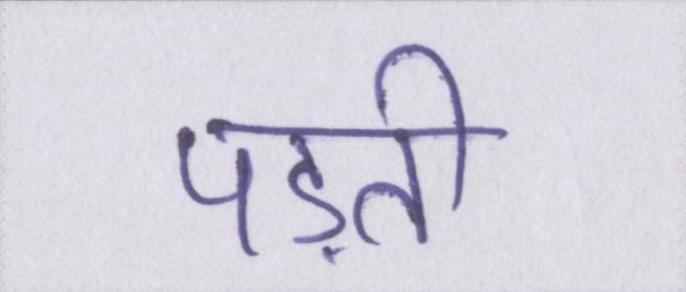
पड़ती